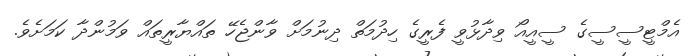
އެމްޓީސީސީގެ ސީއީއޯ ވިދާޅުވީ ފެރީގެ ހިދުމަތް ދިނުމަށް ވާންޖެހޭ ތައްޔާރީތައް ވަމުންދާ ކަމަށެވެ.